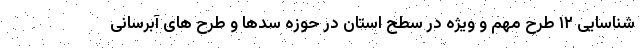
شناسایی ۱۲ طرح مهم و ویژه در سطح استان در حوزه سدها و طرح های آبرسانی